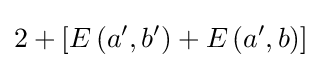
2+\left[E\left(a',b'\right)+E\left(a',b\right)\right]